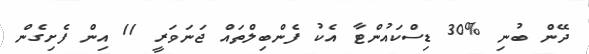
ދޭން ބުނި %30 ޑިސްކައުންޓާ އެކު ފެންބިލްތައް ޖަނަވަރީ 11 އިން ފެށިގެން